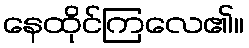
နေထိုင်ကြလေ၏။